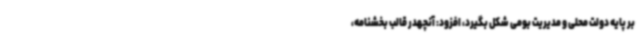
بر پایه دولت محلی و مدیریت بومی شکل بگیرد، افزود: آنچهدر قالب بخشنامه،